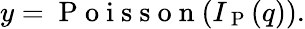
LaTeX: y=\mathrm{~P~o~i~s~s~o~n~}(I_{\mathrm{~P~}}(q)).